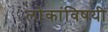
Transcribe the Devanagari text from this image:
लोकांविषयी